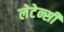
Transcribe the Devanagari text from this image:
लेटेन्सी